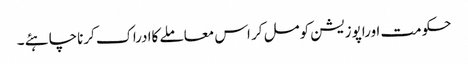
حکومت اوراپوزیشن کومل کر اس معاملے کاادراک کرناچاہئے ۔